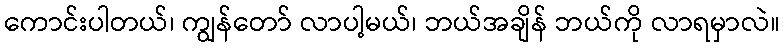
ကောင်းပါတယ်၊ ကျွန်တော် လာပါ့မယ်၊ ဘယ်အချိန် ဘယ်ကို လာရမှာလဲ။